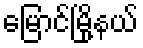
မြောင်မြို့နယ်